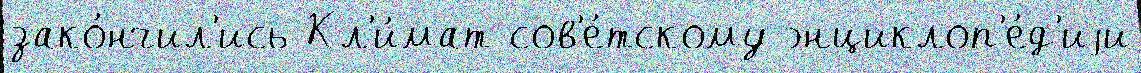
зако́нчил'ись Кл'и́мат сов'е́тскому энциклоп'е́д'иjи